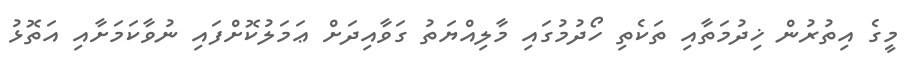
މީގެ އިތުރުން ޚިދުމަތާއި ތަކެތި ހޯދުމުގައި މާލިއްޔަތު ގަވާއިދަށް ޢަމަލުކޮށްފައި ނުވާކަމަށާއި އަތޮޅު